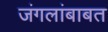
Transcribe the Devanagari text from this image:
जंगलांबाबत